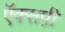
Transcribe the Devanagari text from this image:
ऍक्सपी़